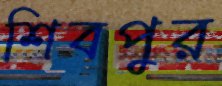
শিবপুর